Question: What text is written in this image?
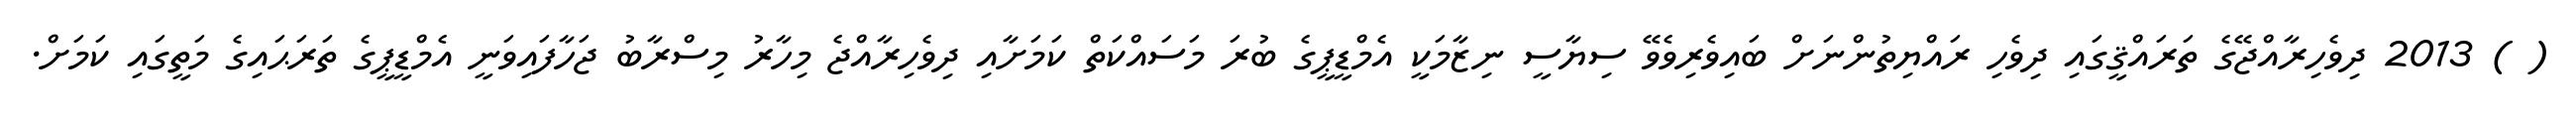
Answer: ( ) 2013 ދިވެހިރާއްޖޭގެ ތަރައްޤީގައި ދިވެހި ރައްޔިތުންނަށް ބައިވެރިވެވޭ ސިޔާސީ ނިޒާމަކީ އެމްޑީޕީގެ ބުރަ މަސައްކަތް ކަމަށާއި ދިވެހިރާއްޖެ މިހާރު މިސްރާބު ޖަހާފައިވަނީ އެމްޑީޕީގެ ތަރަޙައިގެ މަތީގައި ކަމަށް.